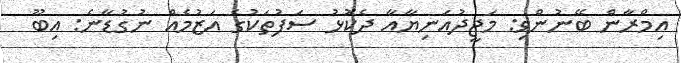
އިމްރާން ބޭނުންވި: މަޖީދުއަނިޔާއާ ދެކޮޅު ސަފުތަކުގެ އަޒުމެއް ނުގުޑާނެ: އިބޫ